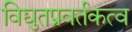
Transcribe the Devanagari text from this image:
विद्युतप्रवर्तकत्व